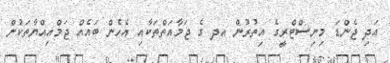
އަދި ޖެންޑަ މިނިސްޓްރީގެ އިތުރުން އދ ގެ ޖަމާއަތްތަކާއި އެހެން ބައެއް ޖަމްއިއްޔާތަކުން